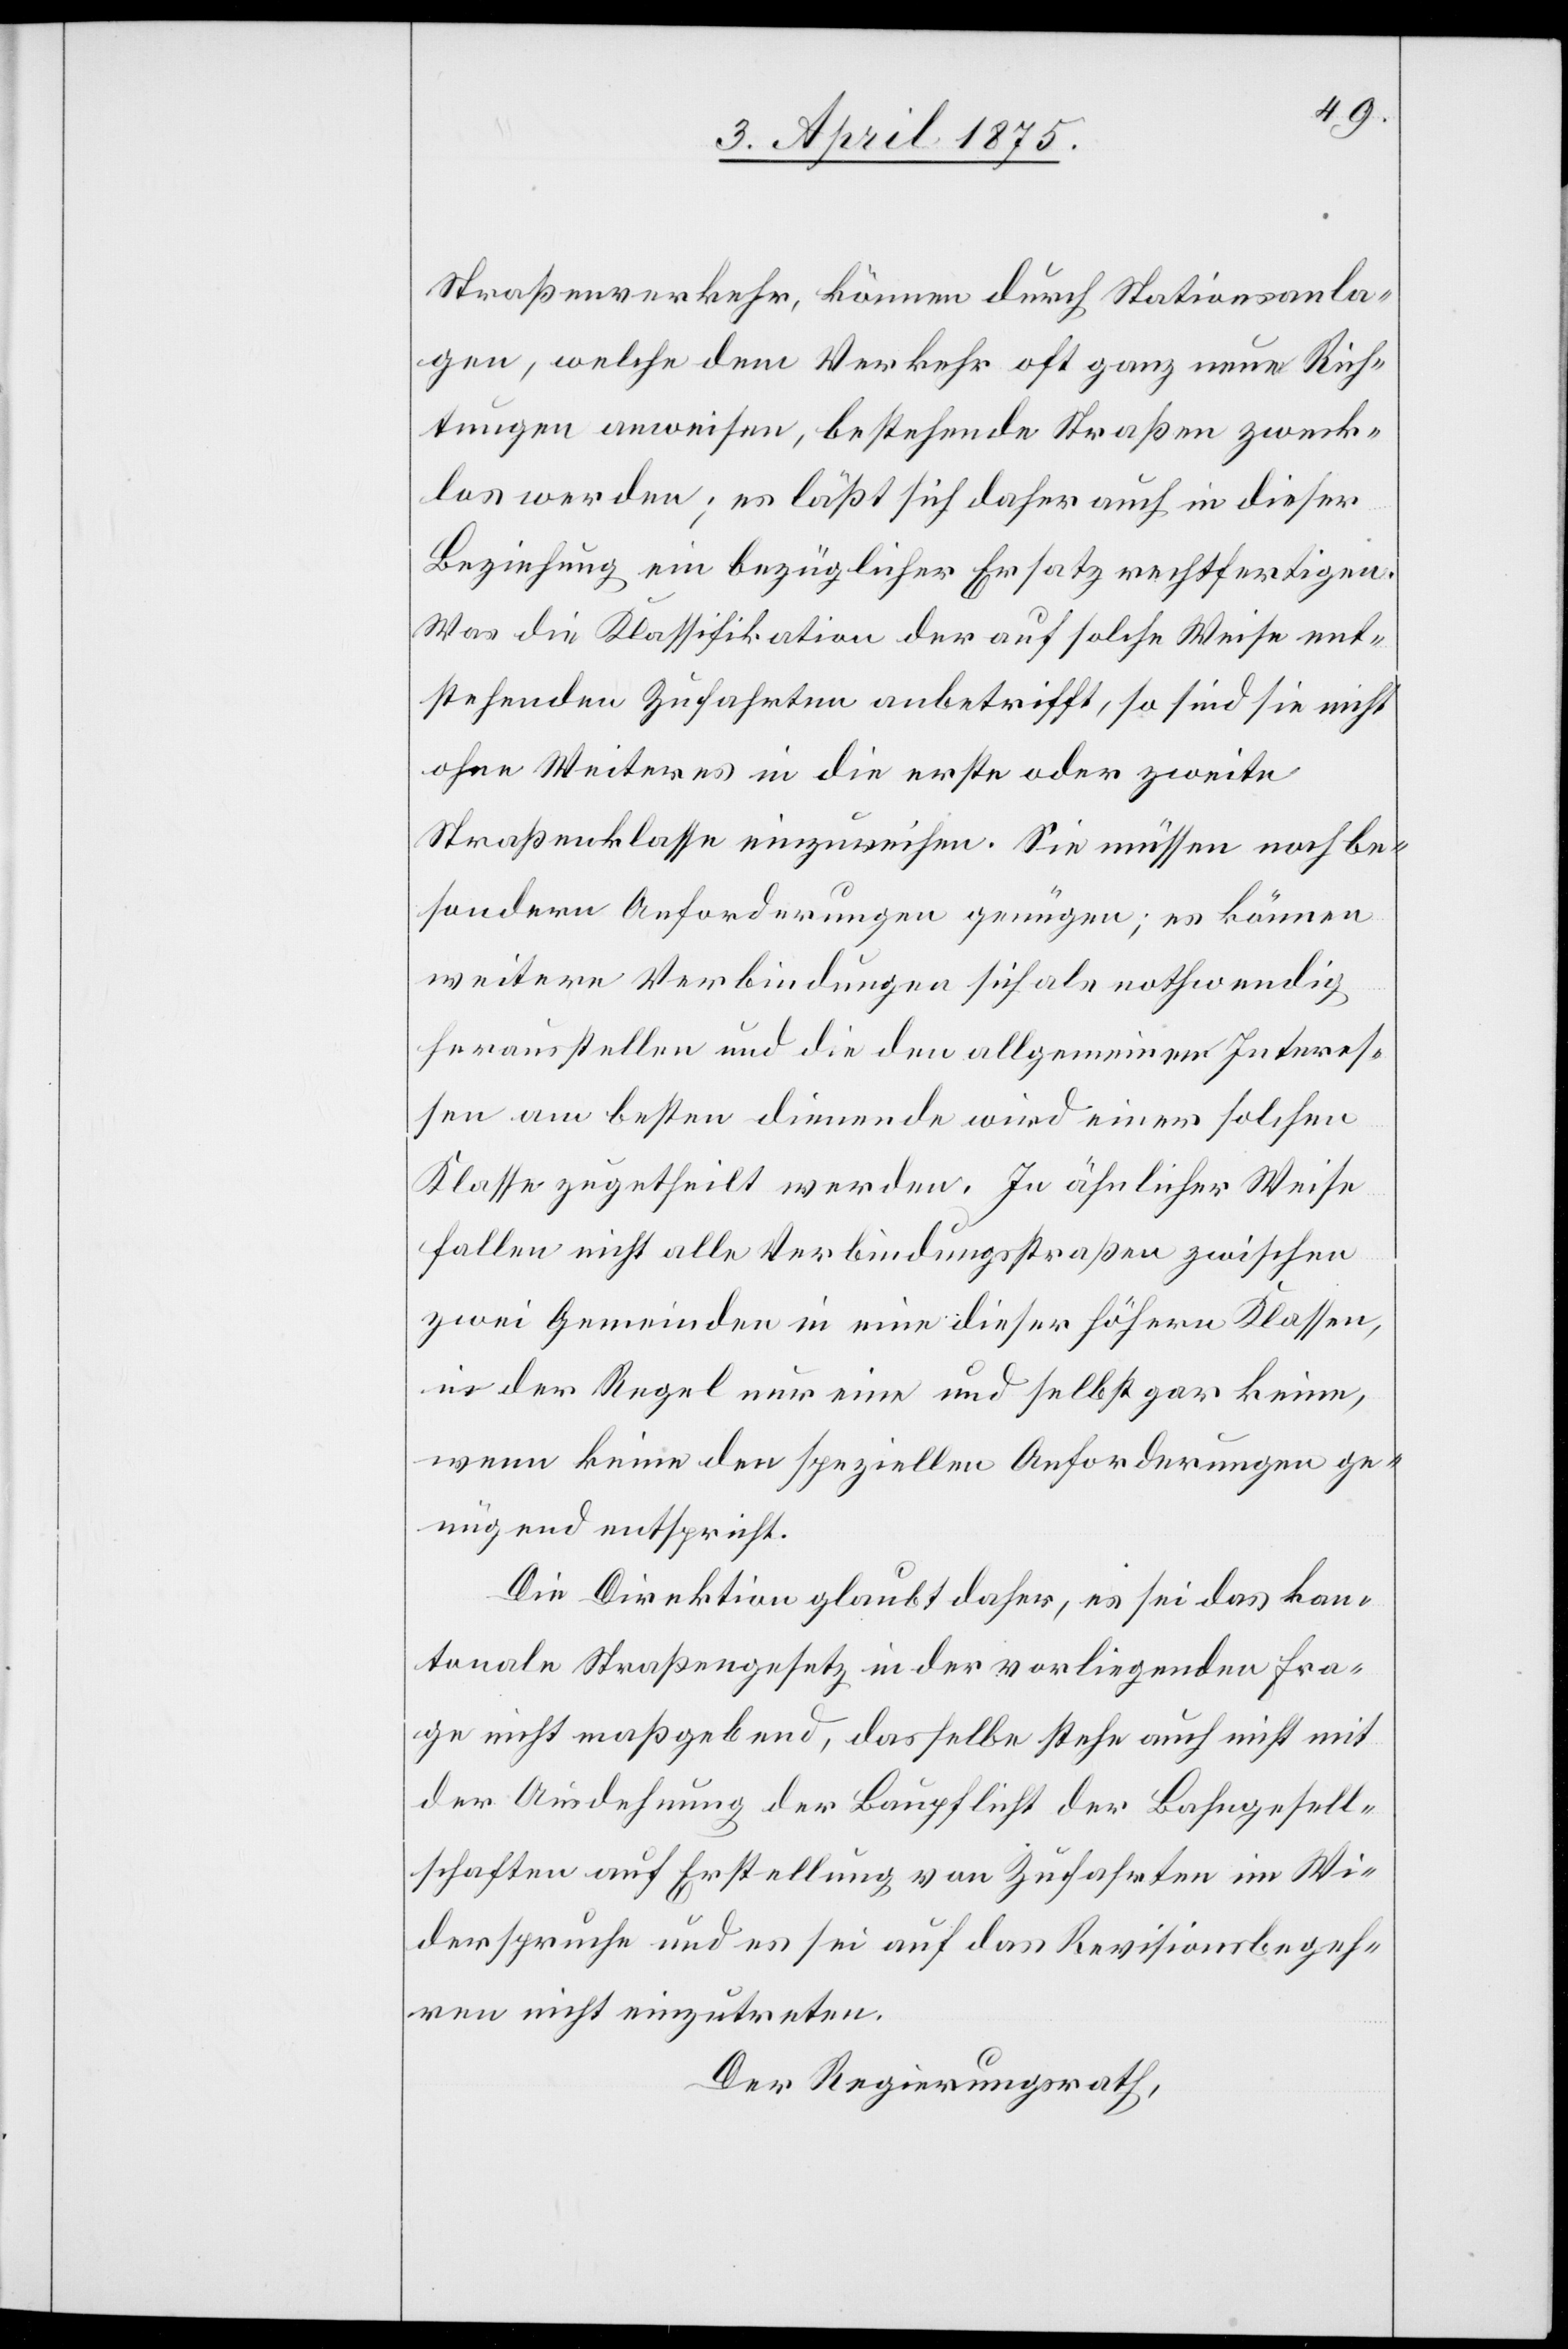
Straßenverkehr, können durch Stationsanla¬
gen, welche dem Verkehr oft ganz neue Rich¬
tungen anweisen, bestehende Straßen zweck¬
los werden; es läßt sich daher auch in dieser
Beziehung ein bezüglicher Ersatz rechtfertigen.
Was die Klassifikation der auf solche Weise ent¬
stehenden Zufahrten anbetrifft, so sind sie nicht
ohne Weiteres in die erste oder zweite
Straßenklasse einzuweisen. Sie müssen noch be¬
sondern Anforderungen genügen; es können
weitere Verbindungen sich als nothwendig
herausstellen und die den allgemeinen Interes¬
sen am besten dienende wird einer solchen
Klasse zugetheilt werden. In ähnlicher Weise
fallen nicht alle Verbindungsstraßen zwischen
zwei Gemeinden in eine dieser höhern Klassen,
in der Regel nur eine und selbst gar keine,
wenn keine den speziellen Anforderungen ge¬
nüg[t] und entspricht.
Die Direktion glaubt daher, es sei das kan¬
tonale Straßengesetz in der vorliegenden Fra¬
ge nicht maßgebend, dasselbe stehe auch nicht mit
der Ausdehnung der Baupflicht der Bahngesell¬
schaften auf Erstellung von Zufahrten im Wi¬
derspruche und es sei auf das Revisionsbegeh¬
ren nicht einzutreten.
Der Regierungsrath,